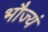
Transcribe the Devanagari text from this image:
भौज्यं